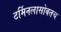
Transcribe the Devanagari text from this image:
टर्मिनलासोबतच